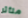
متأثر